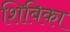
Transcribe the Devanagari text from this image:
शिबिका